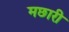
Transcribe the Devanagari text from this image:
मछारी